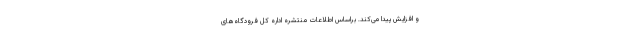
و افزایش پیدا می‌کند. براساس اطلاعات منتشره اداره کل فرودگاه‌های